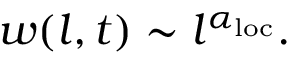
w ( l , t ) \sim l ^ { \alpha _ { \mathrm { l o c } } } .